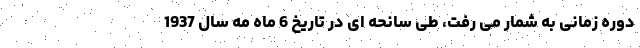
دوره زمانی به شمار می رفت، طی سانحه ای در تاریخ 6 ماه مه سال 1937